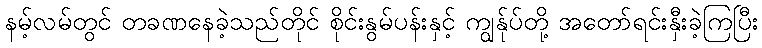
နမ့်လမ်တွင် တခဏနေခဲ့သည်တိုင် စိုင်းနွမ်ပန်းနှင့် ကျွန်ုပ်တို့ အတော်ရင်းနှီးခဲ့ကြပြီး